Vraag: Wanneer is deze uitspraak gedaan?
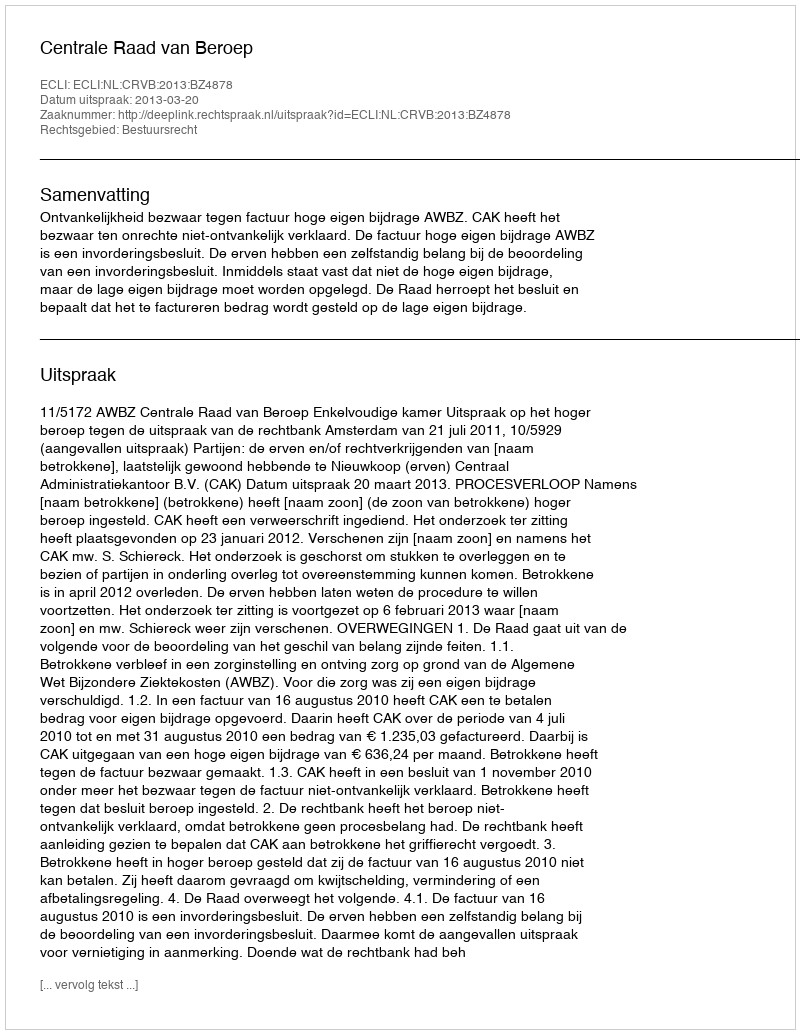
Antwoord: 2013-03-20